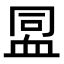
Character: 𧖳